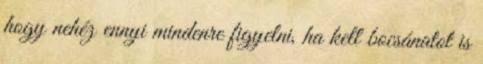
hogy nehéz ennyi mindenre figyelni, ha kell bocsánatot is